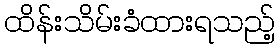
ထိန်းသိမ်းခံထားရသည့်